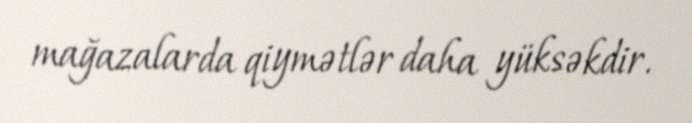
mağazalarda qiymətlər daha yüksəkdir.